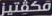
مكفتيز